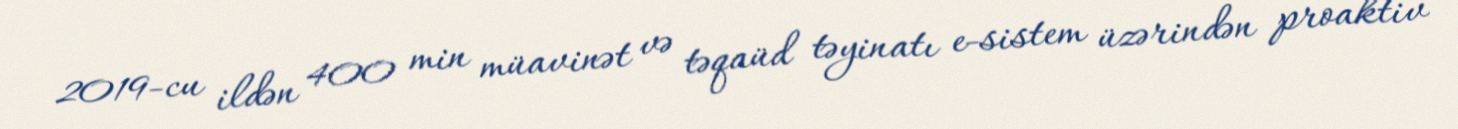
2019-cu ildən 400 min müavinət və təqaüd təyinatı e-sistem üzərindən proaktiv